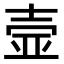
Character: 壸